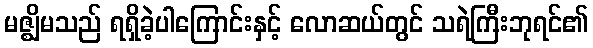
မဇ္ဈိမသည် ရရှိခဲ့ပါကြောင်းနှင့် လောဆယ်တွင် သရဲကြီးဘုရင်၏